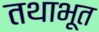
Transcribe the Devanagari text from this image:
तथाभूत